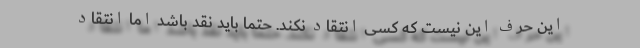
این حرف این نیست که کسی انتقاد نکند. حتما باید نقد باشد اما انتقاد